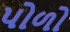
પોળો